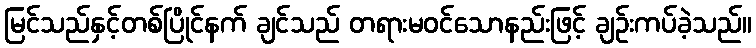
မြင်သည်နှင့်တစ်ပြိုင်နက် ချင်သည် တရားမဝင်သောနည်းဖြင့် ချဉ်းကပ်ခဲ့သည်။